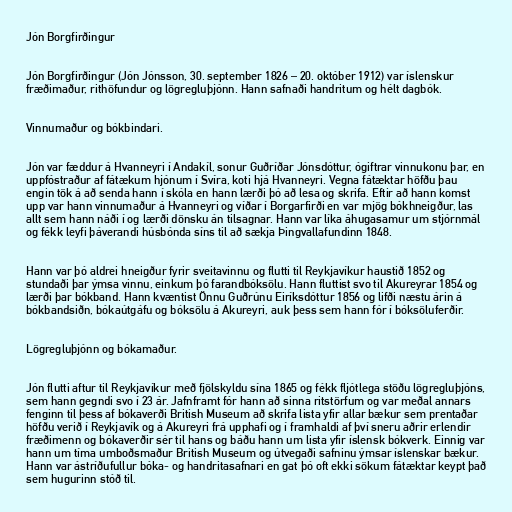
Jón Borgfirðingur

Jón Borgfirðingur (Jón Jónsson, 30. september 1826 – 20. október 1912) var íslenskur
fræðimaður, rithöfundur og lögregluþjónn. Hann safnaði handritum og hélt dagbók.

Vinnumaður og bókbindari.

Jón var fæddur á Hvanneyri í Andakíl, sonur Guðríðar Jónsdóttur, ógiftrar vinnukonu þar, en
uppfóstraður af fátækum hjónum í Svíra, koti hjá Hvanneyri. Vegna fátæktar höfðu þau
engin tök á að senda hann í skóla en hann lærði þó að lesa og skrifa. Eftir að hann komst
upp var hann vinnumaður á Hvanneyri og víðar í Borgarfirði en var mjög bókhneigður, las
allt sem hann náði í og lærði dönsku án tilsagnar. Hann var líka áhugasamur um stjórnmál
og fékk leyfi þáverandi húsbónda síns til að sækja Þingvallafundinn 1848.

Hann var þó aldrei hneigður fyrir sveitavinnu og flutti til Reykjavíkur haustið 1852 og
stundaði þar ýmsa vinnu, einkum þó farandbóksölu. Hann fluttist svo til Akureyrar 1854 og
lærði þar bókband. Hann kvæntist Önnu Guðrúnu Eiríksdóttur 1856 og lifði næstu árin á
bókbandsiðn, bókaútgáfu og bóksölu á Akureyri, auk þess sem hann fór í bóksöluferðir.

Lögregluþjónn og bókamaður.

Jón flutti aftur til Reykjavíkur með fjölskyldu sína 1865 og fékk fljótlega stöðu lögregluþjóns,
sem hann gegndi svo í 23 ár. Jafnframt fór hann að sinna ritstörfum og var meðal annars
fenginn til þess af bókaverði British Museum að skrifa lista yfir allar bækur sem prentaðar
höfðu verið í Reykjavík og á Akureyri frá upphafi og í framhaldi af því sneru aðrir erlendir
fræðimenn og bókaverðir sér til hans og báðu hann um lista yfir íslensk bókverk. Einnig var
hann um tíma umboðsmaður British Museum og útvegaði safninu ýmsar íslenskar bækur.
Hann var ástríðufullur bóka- og handritasafnari en gat þó oft ekki sökum fátæktar keypt það
sem hugurinn stóð til.